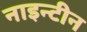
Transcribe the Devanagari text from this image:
नाइन्टीन